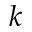
k